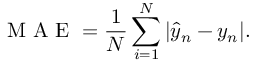
\mathrm { ~ M ~ A ~ E ~ } = \frac { 1 } { N } \sum _ { i = 1 } ^ { N } | \hat { y } _ { n } - y _ { n } | .